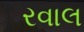
રવાલ